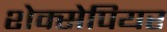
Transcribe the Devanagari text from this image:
शेक्सेपियर